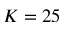
K = 2 5